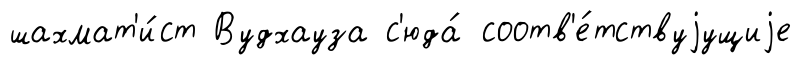
шахмат'и́ст Вудхауза с'юда́ соотв'е́тствуjущиjе